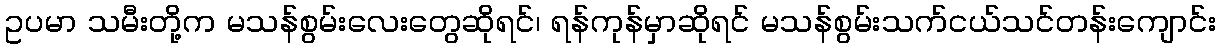
ဥပမာ သမီးတို့က မသန်စွမ်းလေးတွေဆိုရင်၊ ရန်ကုန်မှာဆိုရင် မသန်စွမ်းသက်ငယ်သင်တန်းကျောင်း